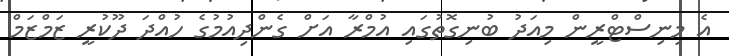
އެ މިނިސްޓްރީން މިއަދު ބުނިގޮތުގައި އުމްރާ އަށް ގެންދިއުމުގެ ހުއްދަ ދޫކުރީ ޒަމްޒަމް